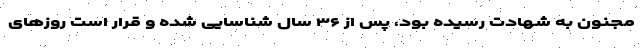
مجنون به شهادت رسیده بود، پس از ۳۶ سال شناسایی شده و قرار است روزهای